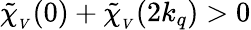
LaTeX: \mathinner{\tilde{\chi}_{_V}\mathopen{\left(0\right)}}+\mathinner{\tilde{\chi}_{_V}\mathopen{\left(2k_{q}\right)}}>0